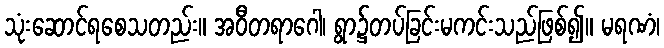
သုံးဆောင်ရစေသတည်း။ အဝီတရာဂေါ၊ ရွာ၌တပ်ခြင်းမကင်းသည်ဖြစ်၍။ မရဏံ၊